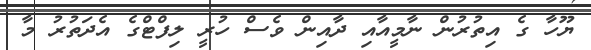
ޔޫހާ ގެ އިތުރުން ނާމީއާއި ދާއިން ވެސް ހުރީ ލިފްޓްގެ އެދަތުރު މާ